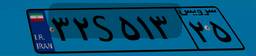
۳۲S۵۱۳۲۵